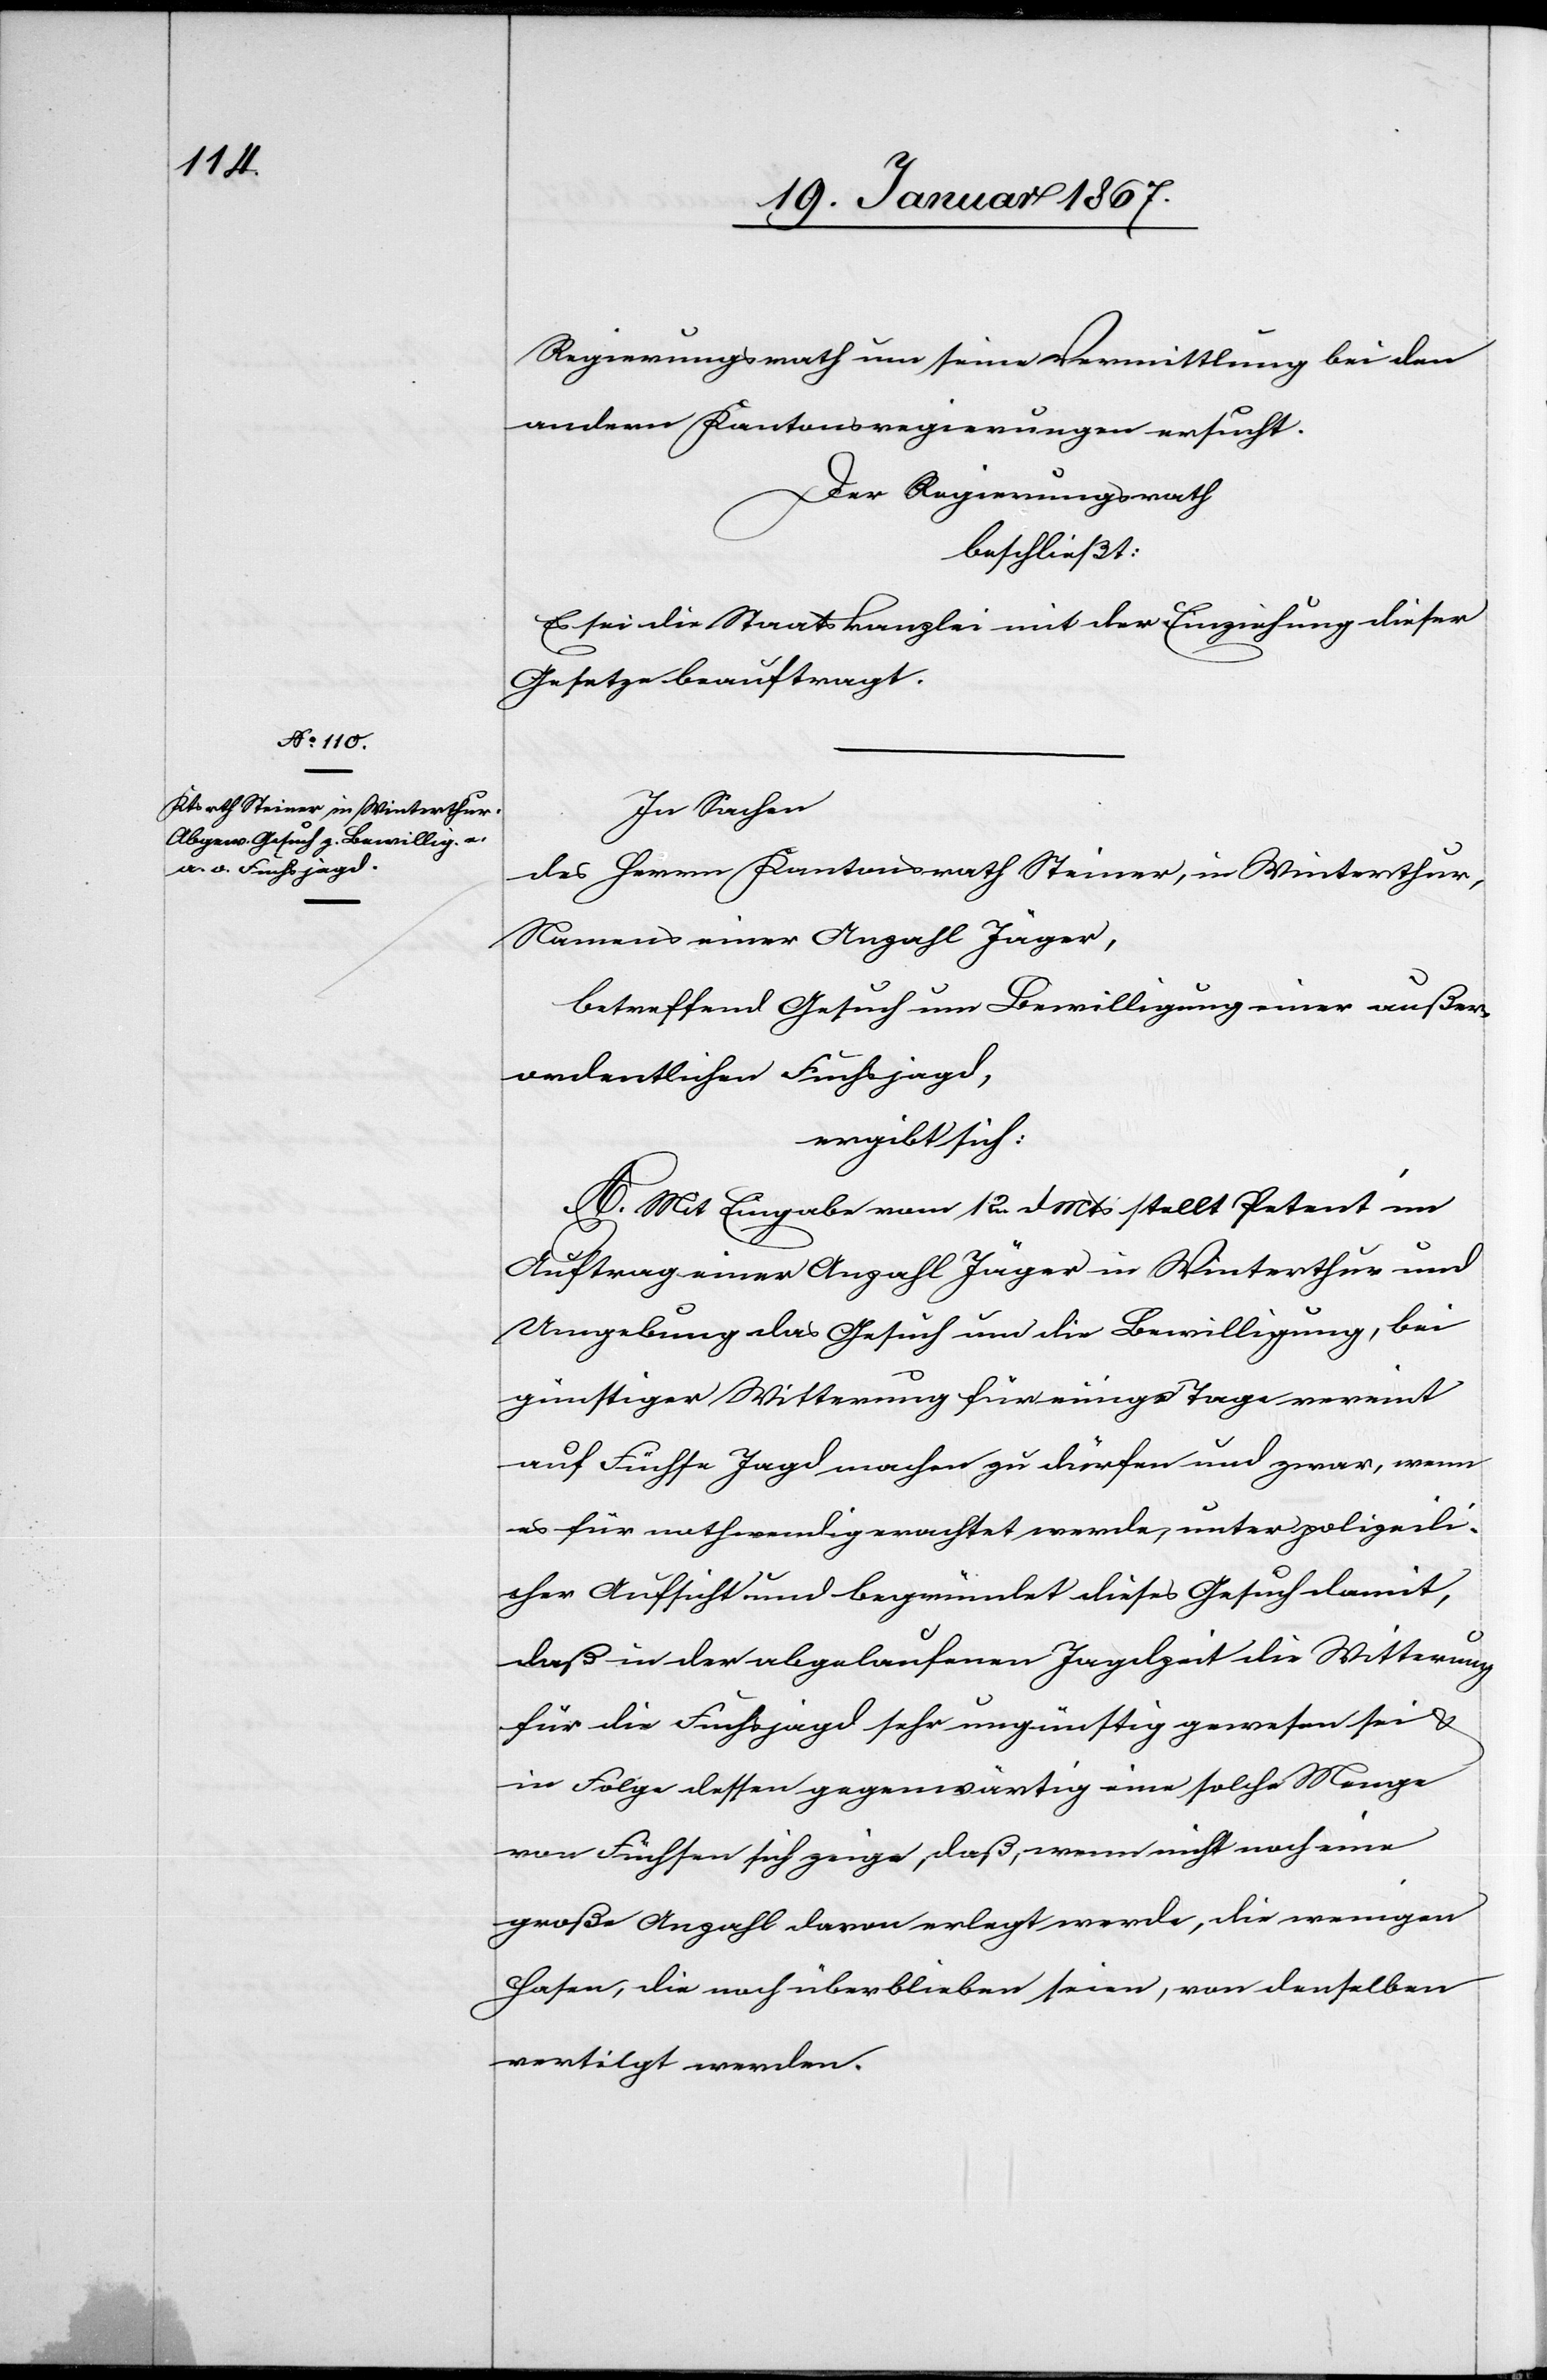
Regierungsrath um seine Vermittlung bei den
andern Kantonsregierungen ersucht.
Der Regierungsrath,
beschließt:
Es sei die Staatskanzlei mit der Einziehung dieser
Gesetze beauftragt.
In Sachen
des Herrn Kantonsrath Steiner, in Winterthur,
Namens einer Anzahl Jäger,
betreffend Gesuch um Bewilligung einer außer¬
ordentlichen Fuchsjagd,
ergibt sich:
A. Mit Eingabe vom 12. d. Mts stellt Petent im
Auftrag einer Anzahl Jäger in Winterthur und
Umgebung das Gesuch um die Bewilligung, bei
günstiger Witterung für einige Tage vereint
auf Füchse Jagd machen zu dürfen und zwar, wenn
es für nothwendig erachtet werde, unter polizeili¬
cher Aufsicht und begründet dieses Gesuch damit,
daß in der abgelaufenen Jagdzeit die Witterung
für die Fuchsjagd sehr ungünstig gewesen sei u.
in Folge dessen gegenwärtig eine solche Menge
von Füchsen sich zeige, daß, wenn nicht noch eine
große Anzahl deren erlegt werde, die wenigen
Hasen, die noch überblieben seien, von denselben
vertilgt werden.